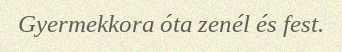
Gyermekkora óta zenél és fest.